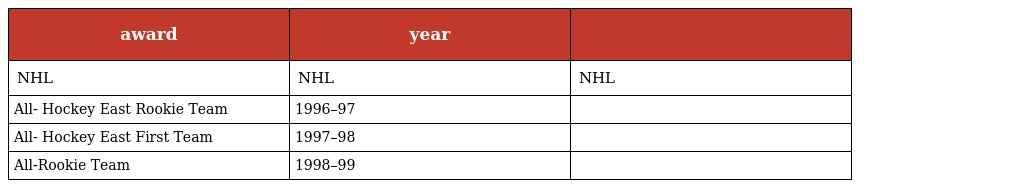
| award | year |  |
 | --- | --- | --- |
 | NHL | NHL | NHL |
 | All- Hockey East Rookie Team | 1996–97 |  |
 | All- Hockey East First Team | 1997–98 |  |
 | All-Rookie Team | 1998–99 |  |